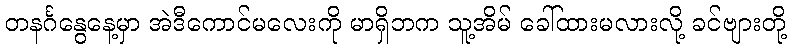
တနင်္ဂနွေနေ့မှာ အဲဒီကောင်မလေးကို မာရှိဘက သူ့အိမ် ခေါ်ထားမလားလို့ ခင်ဗျားတို့